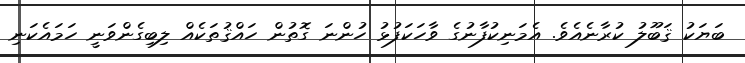
ބަޔަކު ޤަބޫލު ކުރާނެއެވެ. އެމަނިކުފާނުގެ ވާހަކަފުޅު ހުންނަ ގޮތުން ހައްޤުތަކެއް ލިބިގެންވަނީ ހަމައެކަނި